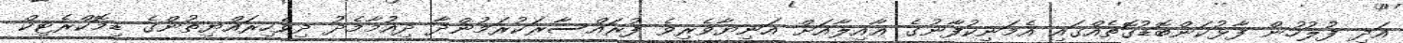
އަދި ފުލުހުން ފާޅުކަންބޮޑުގޮތެއްގައި އެމަނިކުފާނުގެ ޢާއިލާއަށް އަނިޔާވެރިވެ ފުރައްސާރަކުރަމުންދާ ދިއުމާމެދު ދިވެހިރައްޔިތުންގެ ޑިމޮކްރެޓިކް